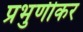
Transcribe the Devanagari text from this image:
प्रभुणीकर